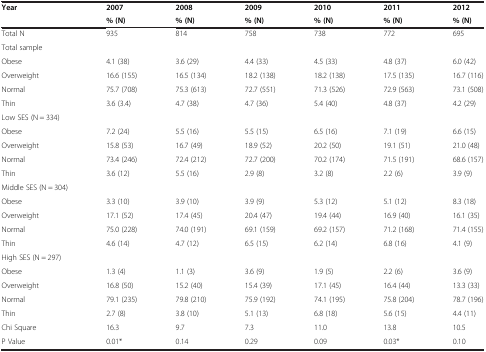
<table><thead><tr><td rowspan="2"><b>Year</b></td><td><b>2007</b></td><td><b>2008</b></td><td><b>2009</b></td><td><b>2010</b></td><td><b>2011</b></td><td><b>2012</b></td></tr><tr><td><b>% (N)</b></td><td><b>% (N)</b></td><td><b>% (N)</b></td><td><b>% (N)</b></td><td><b>% (N)</b></td><td><b>% (N)</b></td></tr></thead><tbody><tr><td>Total N</td><td>935</td><td>814</td><td>758</td><td>738</td><td>772</td><td>695</td></tr><tr><td>Total sample</td><td> </td><td> </td><td> </td><td> </td><td> </td><td> </td></tr><tr><td>Obese</td><td>4.1 (38)</td><td>3.6 (29)</td><td>4.4 (33)</td><td>4.5 (33)</td><td>4.8 (37)</td><td>6.0 (42)</td></tr><tr><td>Overweight</td><td>16.6 (155)</td><td>16.5 (134)</td><td>18.2 (138)</td><td>18.2 (138)</td><td>17.5 (135)</td><td>16.7 (116)</td></tr><tr><td>Normal</td><td>75.7 (708)</td><td>75.3 (613)</td><td>72.7 (551)</td><td>71.3 (526)</td><td>72.9 (563)</td><td>73.1 (508)</td></tr><tr><td>Thin</td><td>3.6 (3.4)</td><td>4.7 (38)</td><td>4.7 (36)</td><td>5.4 (40)</td><td>4.8 (37)</td><td>4.2 (29)</td></tr><tr><td>Low SES (N = 334)</td><td> </td><td> </td><td> </td><td> </td><td> </td><td> </td></tr><tr><td>Obese</td><td>7.2 (24)</td><td>5.5 (16)</td><td>5.5 (15)</td><td>6.5 (16)</td><td>7.1 (19)</td><td>6.6 (15)</td></tr><tr><td>Overweight</td><td>15.8 (53)</td><td>16.7 (49)</td><td>18.9 (52)</td><td>20.2 (50)</td><td>19.1 (51)</td><td>21.0 (48)</td></tr><tr><td>Normal</td><td>73.4 (246)</td><td>72.4 (212)</td><td>72.7 (200)</td><td>70.2 (174)</td><td>71.5 (191)</td><td>68.6 (157)</td></tr><tr><td>Thin</td><td>3.6 (12)</td><td>5.5 (16)</td><td>2.9 (8)</td><td>3.2 (8)</td><td>2.2 (6)</td><td>3.9 (9)</td></tr><tr><td>Middle SES (N = 304)</td><td> </td><td> </td><td> </td><td> </td><td> </td><td> </td></tr><tr><td>Obese</td><td>3.3 (10)</td><td>3.9 (10)</td><td>3.9 (9)</td><td>5.3 (12)</td><td>5.1 (12)</td><td>8.3 (18)</td></tr><tr><td>Overweight</td><td>17.1 (52)</td><td>17.4 (45)</td><td>20.4 (47)</td><td>19.4 (44)</td><td>16.9 (40)</td><td>16.1 (35)</td></tr><tr><td>Normal</td><td>75.0 (228)</td><td>74.0 (191)</td><td>69.1 (159)</td><td>69.2 (157)</td><td>71.2 (168)</td><td>71.4 (155)</td></tr><tr><td>Thin</td><td>4.6 (14)</td><td>4.7 (12)</td><td>6.5 (15)</td><td>6.2 (14)</td><td>6.8 (16)</td><td>4.1 (9)</td></tr><tr><td>High SES (N = 297)</td><td> </td><td> </td><td> </td><td> </td><td> </td><td> </td></tr><tr><td>Obese</td><td>1.3 (4)</td><td>1.1 (3)</td><td>3.6 (9)</td><td>1.9 (5)</td><td>2.2 (6)</td><td>3.6 (9)</td></tr><tr><td>Overweight</td><td>16.8 (50)</td><td>15.2 (40)</td><td>15.4 (39)</td><td>17.1 (45)</td><td>16.4 (44)</td><td>13.3 (33)</td></tr><tr><td>Normal</td><td>79.1 (235)</td><td>79.8 (210)</td><td>75.9 (192)</td><td>74.1 (195)</td><td>75.8 (204)</td><td>78.7 (196)</td></tr><tr><td>Thin</td><td>2.7 (8)</td><td>3.8 (10)</td><td>5.1 (13)</td><td>6.8 (18)</td><td>5.6 (15)</td><td>4.4 (11)</td></tr><tr><td>Chi Square</td><td>16.3</td><td>9.7</td><td>7.3</td><td>11.0</td><td>13.8</td><td>10.5</td></tr><tr><td>P Value</td><td>0.01*</td><td>0.14</td><td>0.29</td><td>0.09</td><td>0.03*</td><td>0.10</td></tr></tbody></table>